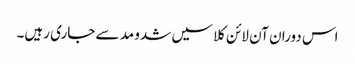
اس دوران آن لائن کلاسیں شدو مد سے جاری رہیں۔